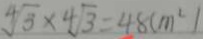
4 \sqrt { 5 } \times 4 \sqrt { 3 } = 4 8 ( m ^ { 2 } )